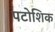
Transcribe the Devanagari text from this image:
पटोशिक